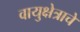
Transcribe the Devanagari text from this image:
वायुक्षेत्राचे